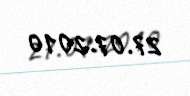
27.07.2010